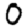
Digit: 0